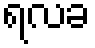
ရလခ